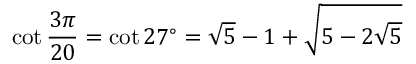
\cot { \frac { 3 \pi } { 2 0 } } = \cot 2 7 ^ { \circ } = { \sqrt { 5 } } - 1 + { \sqrt { 5 - 2 { \sqrt { 5 } } } }